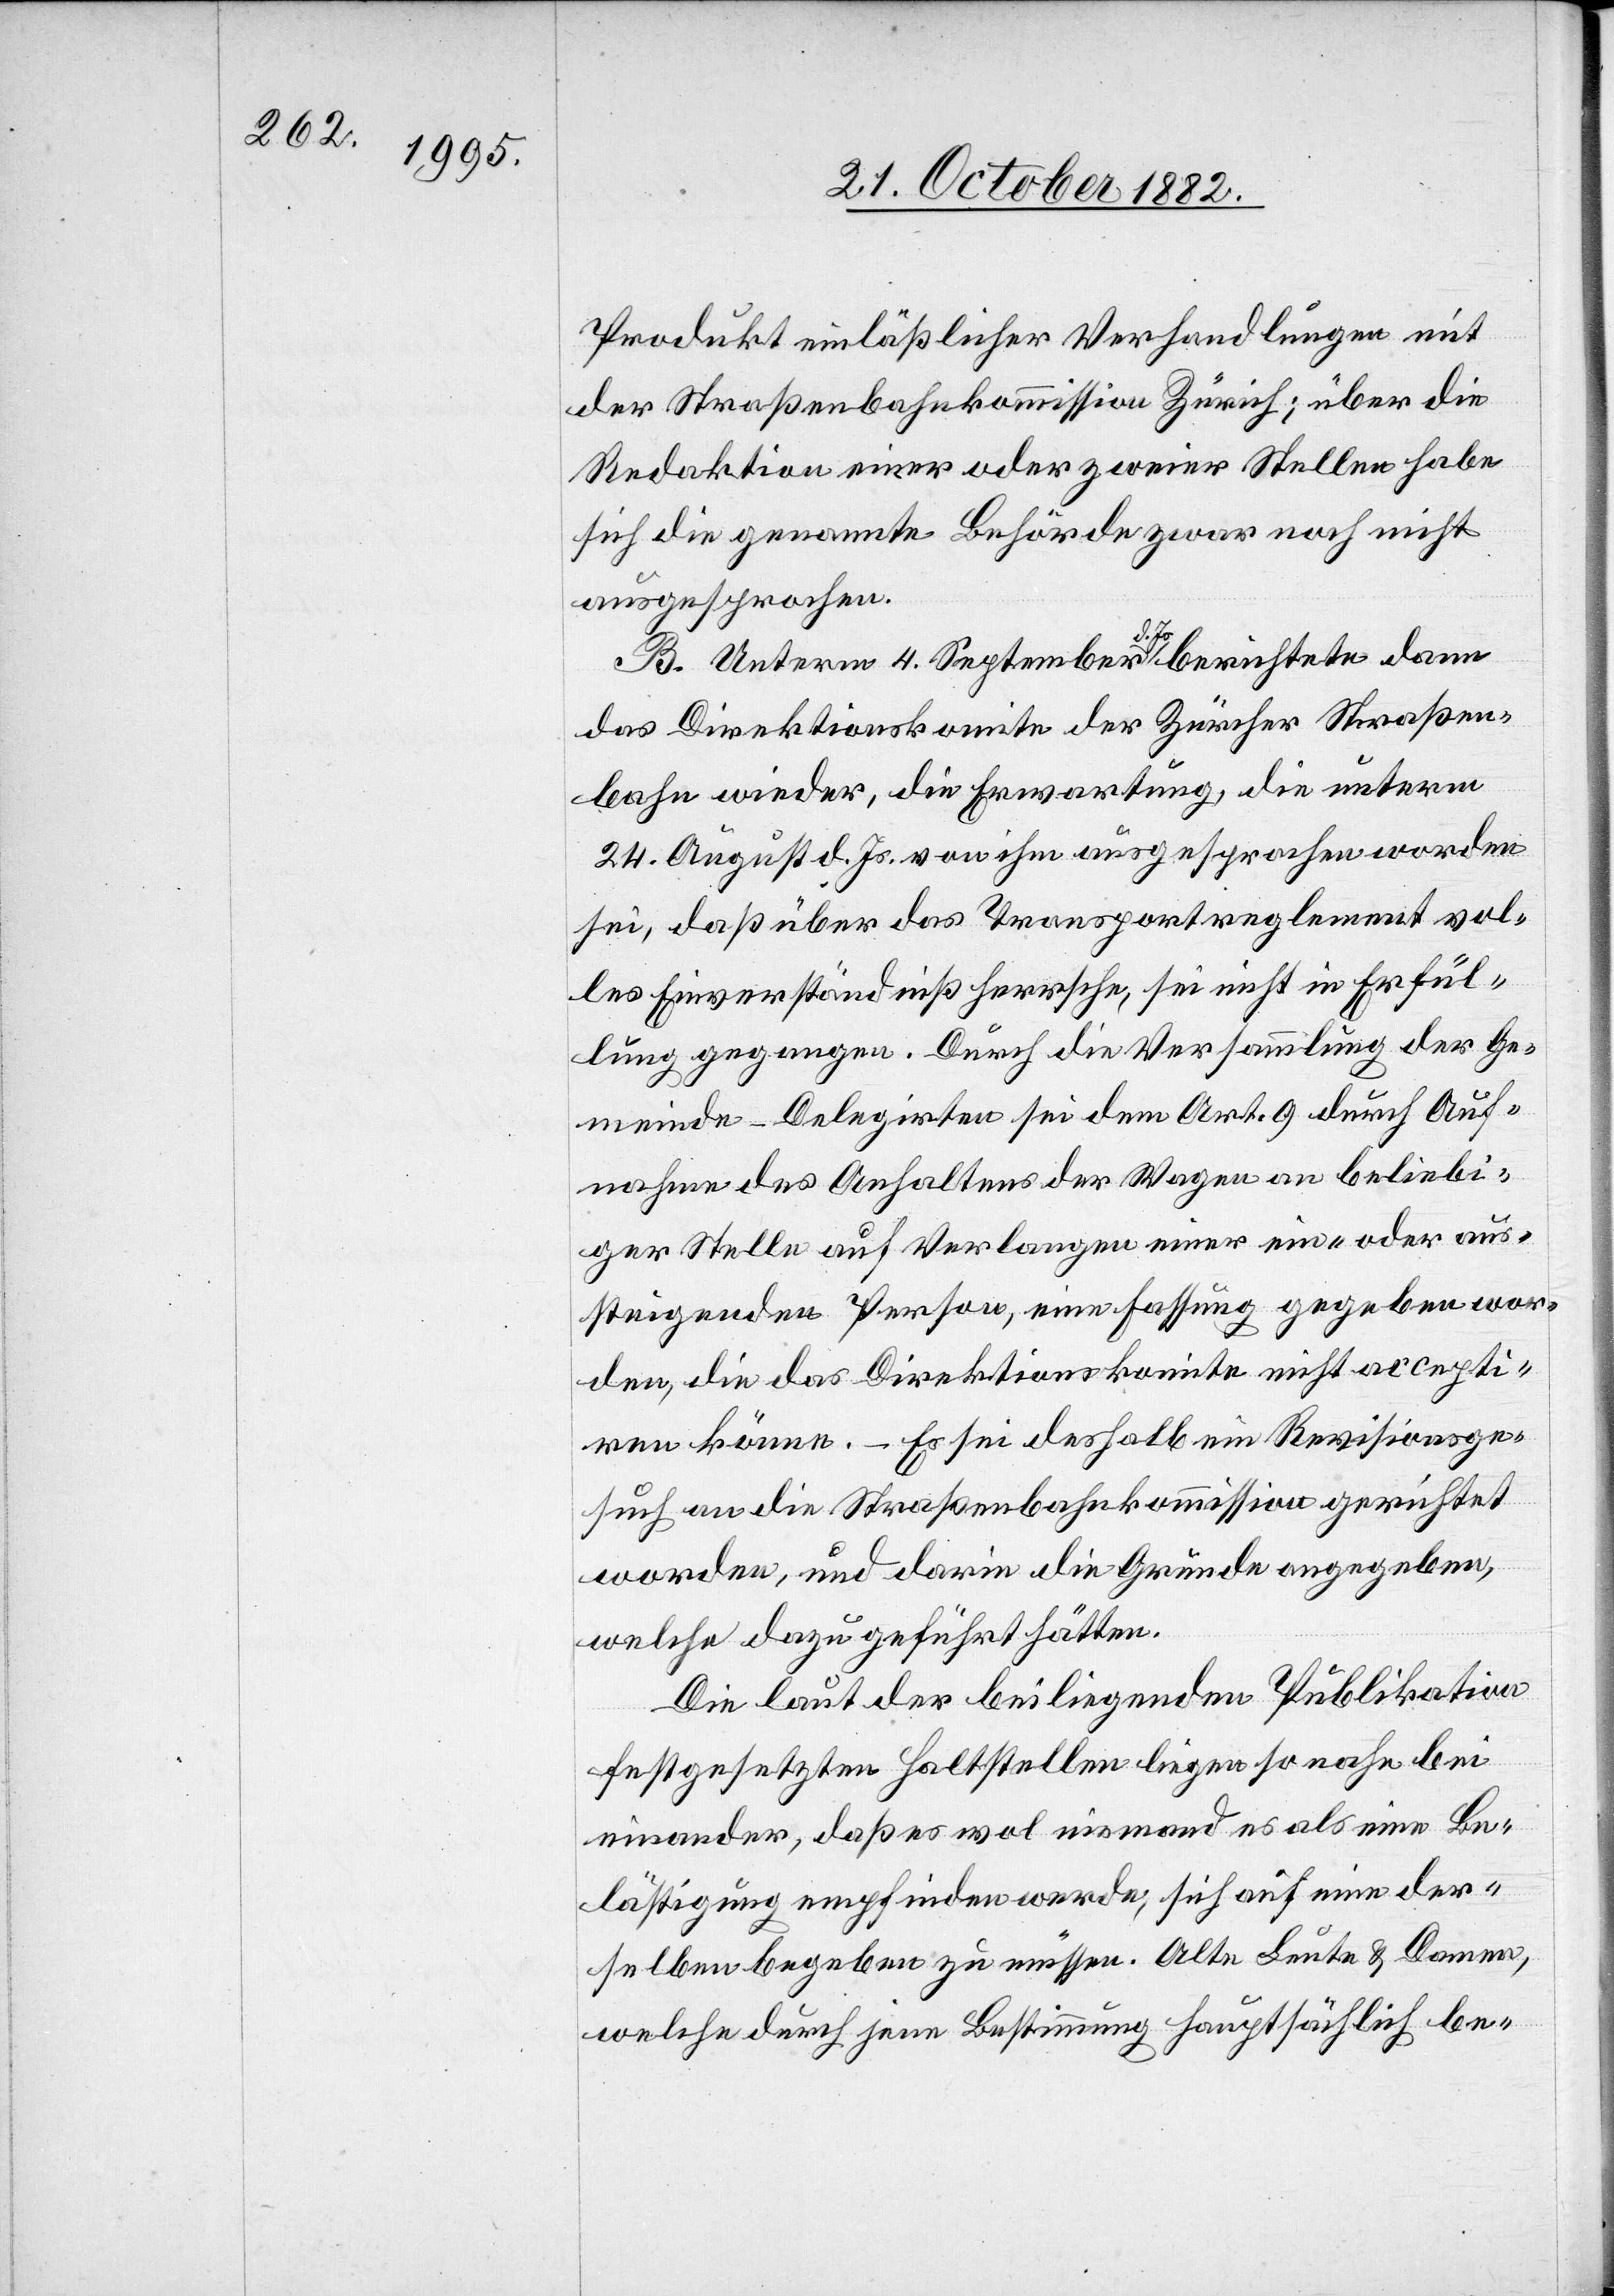
Produkt einläßlicher Verhandlungen mit
der Straßenbahnkommission Zürich; über die
Redaktion einer oder zweier Stellen habe
sich die genannte Behörde zwar noch nicht
ausgesprochen.
B. Unterm 4. September d. Js. berichtete dann
das Direktionskomite der Zürcher Straßen¬
bahn wieder, die Erwartung, die unterm
24. August d. Js. von ihm ausgesprochen worden
sei, daß über das Transportreglement vol¬
les Einverständniß herrsche, sei nicht in Erfül¬
lung gegangen. Durch die Versammlung der Ge¬
meinde-Delegierten sei dem Art. 9 durch Auf¬
nahme des Anhaltens der Wagen an beliebi¬
ger Stelle auf Verlangen einer ein- oder aus¬
steigenden Person, eine Fassung gegeben wor¬
den, die das Direktionskomite nicht accepti¬
ren könne. – Es sei deshalb ein Revisionsge¬
such an die Straßenbahnkommission gerichtet
worden, und darin die Gründe angegeben,
welche dazu geführt hätten.
Die laut der beiliegenden Publikation
festgesetzten Haltstellen liegen so nahe bei
einander, daß es wol niemand es [sic!] als eine Be¬
lästigung empfinden werde, sich auf eine der¬
selben begeben zu müssen. Alte Leute & Damen,
welche durch jene Bestimmung hauptsächlich be-